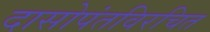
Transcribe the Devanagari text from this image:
दासोपंतविरचित